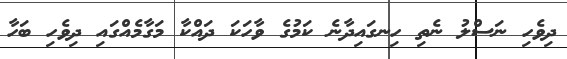
ދިވެހި ނަސްލު ނެތި ހިނގައިދާނެ ކަމުގެ ވާހަކަ ދައްކާ މަގާމެއްގައި ދިވެހި ބަހާ